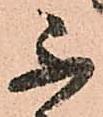
不